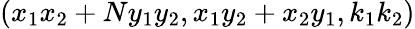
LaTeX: (x_{1}x_{2}+Ny_{1}y_{2},x_{1}y_{2}+x_{2}y_{1},k_{1}k_{2})